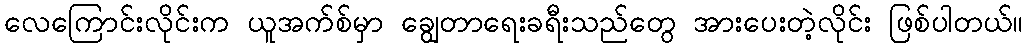
လေကြောင်းလိုင်းက ယူအက်စ်မှာ ချွေတာရေးခရီးသည်တွေ အားပေးတဲ့လိုင်း ဖြစ်ပါတယ်။